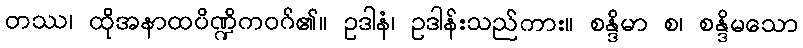
တဿ၊ ထိုအနာထပိဏ္ဍိကဝဂ်၏။ ဥဒါနံ၊ ဥဒါန်းသည်ကား။ စန္ဒိမာ စ၊ စန္ဒိမသော